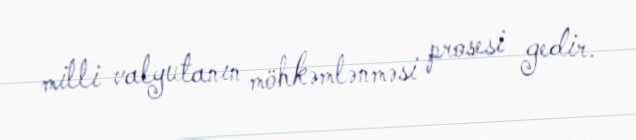
milli valyutanın möhkəmlənməsi prosesi gedir.